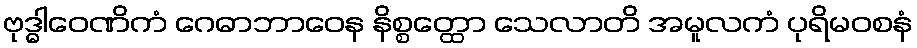
ဗုဒ္ဓါဝေဏိကံ ဂေဓာဘာဝေန နိစ္စတ္ထော သေလာတိ အမူလကံ ပုရိမဝစနံ